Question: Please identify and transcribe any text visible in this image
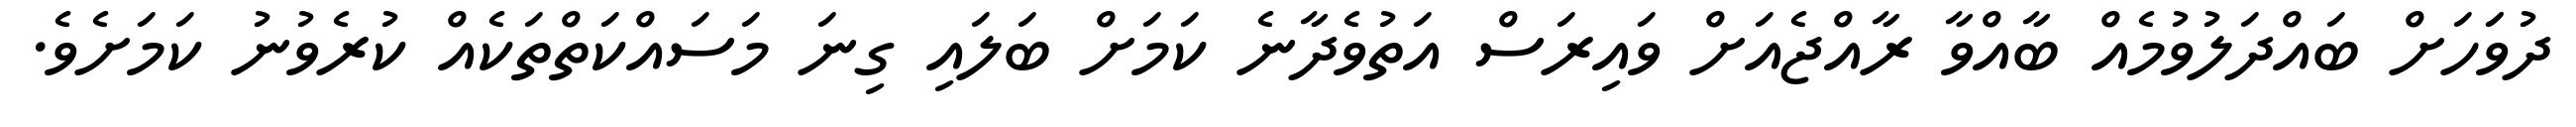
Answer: ދުވަަހަށް ބައްދަލުވުމެއް ބާއްވާ ރާއްޖެއަށް ވައިރަސް އަތުވެދާނެ ކަމަށް ބަލައި ގިނަ މަސައްކަތްތަކެއް ކުރެވުނު ކަމަށެވެ.